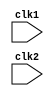
//RISC: Reduced Instruction Set Computer(MIPS32)
//32 bit Processor
//Instruction is fetched from memory decoded and then executed and pc increments by 1

module pipe_MIPS32(clk1,clk2);
input clk1,clk2;

reg [31:0] PC,IF_ID_IR,IF_ID_NPC;
reg [31:0] ID_EX_IR,ID_EX_NPC,ID_EX_A,ID_EX_B,ID_EX_Imm;
reg [2:0] ID_EX_type,EX_MEM_type,MEM_WB_type;   // type is basically the type of instruction i.e R/R,R/ALU etc..
                                                // In each stage we will be taking some decision depending on type of instruction
reg [31:0] EX_MEM_IR,EX_MEM_ALUOut,EX_MEM_B;
reg EX_MEM_cond; //1 bit reg required for jump or branch ocnditioning checking
reg [31:0] MEM_WB_IR,MEM_WB_ALUOut,MEM_WB_LMD;

reg [31:0] Reg [0:31]; //32 registers each of 32 bits Register bank (32*32)
reg [31:0] Mem [0:1023]; // There are 1024 words each word of 32 bits

parameter ADD=6'b000000 , SUB=6'b000001 , AND=6'b000010 , OR=6'b000011 , SLT=6'b000100 , MUL=6'b000101 , HLT=6'b111111,
          LW=6'b001000 , SW=6'b001001, ADDI=6'b001010, SUBI=6'b001011, SLTI=6'b001100, BNEQZ=6'b001101 , BEQZ=6'b001110;

parameter RR_ALU=3'b000, RM_ALU=3'b001, LOAD=3'b010,
          STORE=3'b011, BRANCH=3'b100, HALT=3'b101;

reg HALTED; //Whenever we get hlt instr then we need to stop the execution but acc to pipeline structure
            //the previous instruc were in pipeline in diff stages so we cannot stop at that time and we can not 
            //execute the next instru following hlt so we maintain this reg to check whether to execute a instruction
            //As soon as we get hlt instruction set this reg to 1
reg TAKEN_BRANCH; //Similar to hlt instruc. In EX stage we came to know whether to take a branch or not if want to take
                  //then set this reg to 1 so that next instr can not be executed 

//Different stages 

//Instruction fetch
always @(posedge clk1) begin
    if(HALTED==0) begin                 //We are whether halted reg is set or not if not only then to execute the instruction
        if(((EX_MEM_IR[31:26]==BEQZ) && (EX_MEM_cond==1)) ||   //we have defined parameter for BEQZ so opcode will be checked and compared
        ((EX_MEM_IR[31:26]==BNEQZ) && (EX_MEM_cond==0)) )       //these two conditions specify that the branch is taken 'cond' will only be 1 when reg is 0 
                                                               // so when not equal to 0 cond=0 and condition is also branch if not equal to 0 thus we need to jump in both cases                         
        begin
            IF_ID_IR <= #2 Mem[EX_MEM_ALUOut];   // when we need to take the branch then instruction will be fetched from ALUOUT address
            TAKEN_BRANCH <= #2 1'b1;            // This reg is set to 1
            IF_ID_NPC <= #2 EX_MEM_ALUOut+1;    // NPC and PC is incremented by 1
            PC<= #2 EX_MEM_ALUOut+1;
        end
        else                        // If branch is not taken simply take the content store in IR register and move program counter ahead
        begin
            IF_ID_IR <= #2 Mem[PC];  // Instruction taken from location where PC is pointing
            IF_ID_NPC <= #2 PC+1;   // Increment    NPC by1
            PC <= #2 PC+1;
        end
    end
end

//Instruction decode(Decode Instruction,Prefetching Source reg,sign extension)
always @(posedge clk2) begin
    if(HALTED==0)
    begin
        if(IF_ID_IR[25:21]==5'b00000) ID_EX_A<=0;
        else ID_EX_A<= #2 Reg[IF_ID_IR[25:21]];    //"rs"

        if(IF_ID_IR[20:16]==5'b00000) ID_EX_B<=0;
        else ID_EX_B<= #2 Reg[IF_ID_IR[20:16]];    //"rt"

        ID_EX_NPC <= #2 IF_ID_NPC;  //Forwarded 
        ID_EX_IR <= #2 IF_ID_IR;
        ID_EX_Imm <= #2 {{16{IF_ID_IR[15]}},{IF_ID_IR[15:0]}};  //Sign Extension forming imm data of 32 bits
    end

    case (IF_ID_IR[31:26])
        ADD,SUB,AND,OR,SLT,MUL: ID_EX_type<= #2 RR_ALU; 
        ADDI,SUBI,SLTI:         ID_EX_type<= #2 RM_ALU;
        LW:                     ID_EX_type<= #2 LOAD;
        SW:                     ID_EX_type<= #2 STORE;
        BNEQZ,BEQZ:             ID_EX_type<= #2 BRANCH;
        HLT:                    ID_EX_type<= #2 HALT;
        default:                ID_EX_type<= #2 HALT;
    endcase
end

//Execution Stage (EX STAGE)
always @(posedge clk1) begin
    if(HALTED==0)begin
        EX_MEM_type<= #2 ID_EX_type;
        EX_MEM_IR <= #2 ID_EX_IR;
        TAKEN_BRANCH<= #2 0;  //Resetting the taken branch to 0

        case (ID_EX_type)
            RR_ALU:begin
                case(ID_EX_IR[31:26])
                    ADD: EX_MEM_ALUOut <= #2 ID_EX_A + ID_EX_B;
                    SUB: EX_MEM_ALUOut <= #2 ID_EX_A - ID_EX_B;  
                    AND: EX_MEM_ALUOut <= #2 ID_EX_A & ID_EX_B;
                    OR:  EX_MEM_ALUOut <= #2 ID_EX_A | ID_EX_B;
                    default: EX_MEM_ALUOut <= #2 32'hxxxxxxxx;
                endcase
            end
            RM_ALU:begin
                case (ID_EX_IR[31:26])
                    ADDI: EX_MEM_ALUOut <= #2 ID_EX_A + ID_EX_Imm;
                    SUBI: EX_MEM_ALUOut <= #2 ID_EX_A - ID_EX_Imm;
                    default: EX_MEM_ALUOut <= #2 32'hxxxxxxxx;
                endcase
            end
            LOAD,STORE:begin
                EX_MEM_ALUOut<= #2 ID_EX_A + ID_EX_Imm;
                EX_MEM_B<= #2 ID_EX_B+ID_EX_Imm;
            end
            BRANCH:begin
                EX_MEM_ALUOut<= #2 ID_EX_NPC + ID_EX_Imm;
                EX_MEM_cond<= #2 (ID_EX_A==0);
            end
        endcase
    end
end

//Memory Stage
always @(posedge clk2) begin
    if(HALTED==0)begin
        MEM_WB_type<=#2 EX_MEM_type;
        MEM_WB_IR<= #2 EX_MEM_IR;

        case(EX_MEM_type)
        RR_ALU,RM_ALU: MEM_WB_ALUOut <= #2 EX_MEM_ALUOut;
        LOAD: MEM_WB_LMD<= #2 Mem[EX_MEM_ALUOut];
        STORE: if(TAKEN_BRANCH==0)       //Disable Write
                    Mem[EX_MEM_ALUOut] <= #2 EX_MEM_B;

        endcase
    
    end
    
end

//Write Back
always @(posedge clk1) begin
    if(TAKEN_BRANCH==0)
    case (MEM_WB_type)
        RR_ALU: Reg[MEM_WB_IR[15:11]] <= #2 MEM_WB_ALUOut;
        RM_ALU: Reg[MEM_WB_IR[20:16]] <= #2 MEM_WB_ALUOut;
        LOAD: Reg[MEM_WB_IR[20:16]] <= #2 MEM_WB_LMD;
        HALT: HALTED<= #2 1'b1; 
    endcase
    
end
endmodule